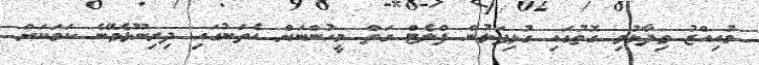
މުއިއްޒު ވިދާޅުވި ގޮތުގައި ގުޅިފަޅުން ފްލެޓް ގަތް މީހުންނަށް އެތަނުގައި ދިރިނޫޅެވޭނެ ކަމަކަށް